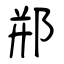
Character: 郱